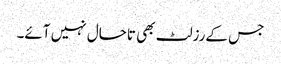
جس کےرزلٹ بھی تاحال نہیں آئے۔